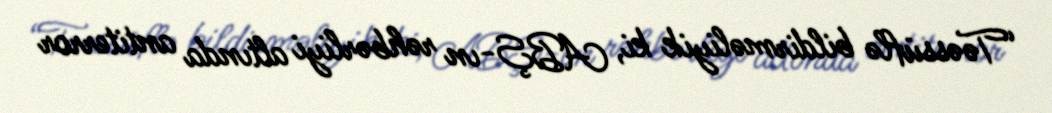
“Təəssüflə bildirməliyik ki, ABŞ-ın rəhbərliyi altında antiterror